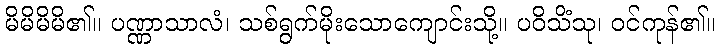
မိမိမိမိ၏။ ပဏ္ဏာသာလံ၊ သစ်ရွက်မိုးသောကျောင်းသို့။ ပဝိသိံသု၊ ဝင်ကုန်၏။